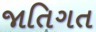
જાતિગત